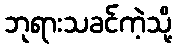
ဘုရားသခင်ကဲ့သို့